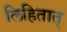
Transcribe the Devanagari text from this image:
लिहितात्